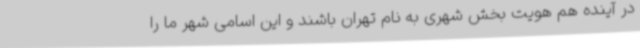
در آینده هم هویت بخش شهری به نام تهران باشند و این اسامی شهر ما را